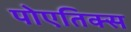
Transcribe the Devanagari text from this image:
पोएतिक्स